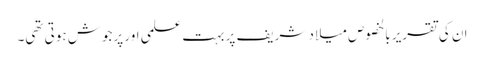
ان کی تقریر بالخصوص میلاد شریف پر بہت علمی اور پرجوش ہوتی تھی۔